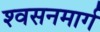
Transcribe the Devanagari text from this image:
श्‍वसनमार्ग